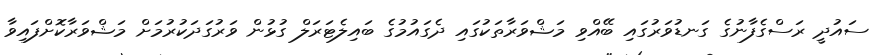
ސައުދީ ރަސްގެފާނުގެ ގަނޑުވަރުގައި ބޭއްވި މަޝްވަރާތަކުގައި ދެގައުމުގެ ބައިލެޓަރަލް ގުޅުން ވަރުގަދަކުރުމަށް މަޝްވަރާކޮށްފައިވާ